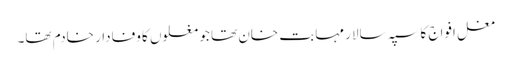
مغل افواج کا سپہ سالار مہابت خان تھا جو مغلوں کا وفادار خادم تھا۔